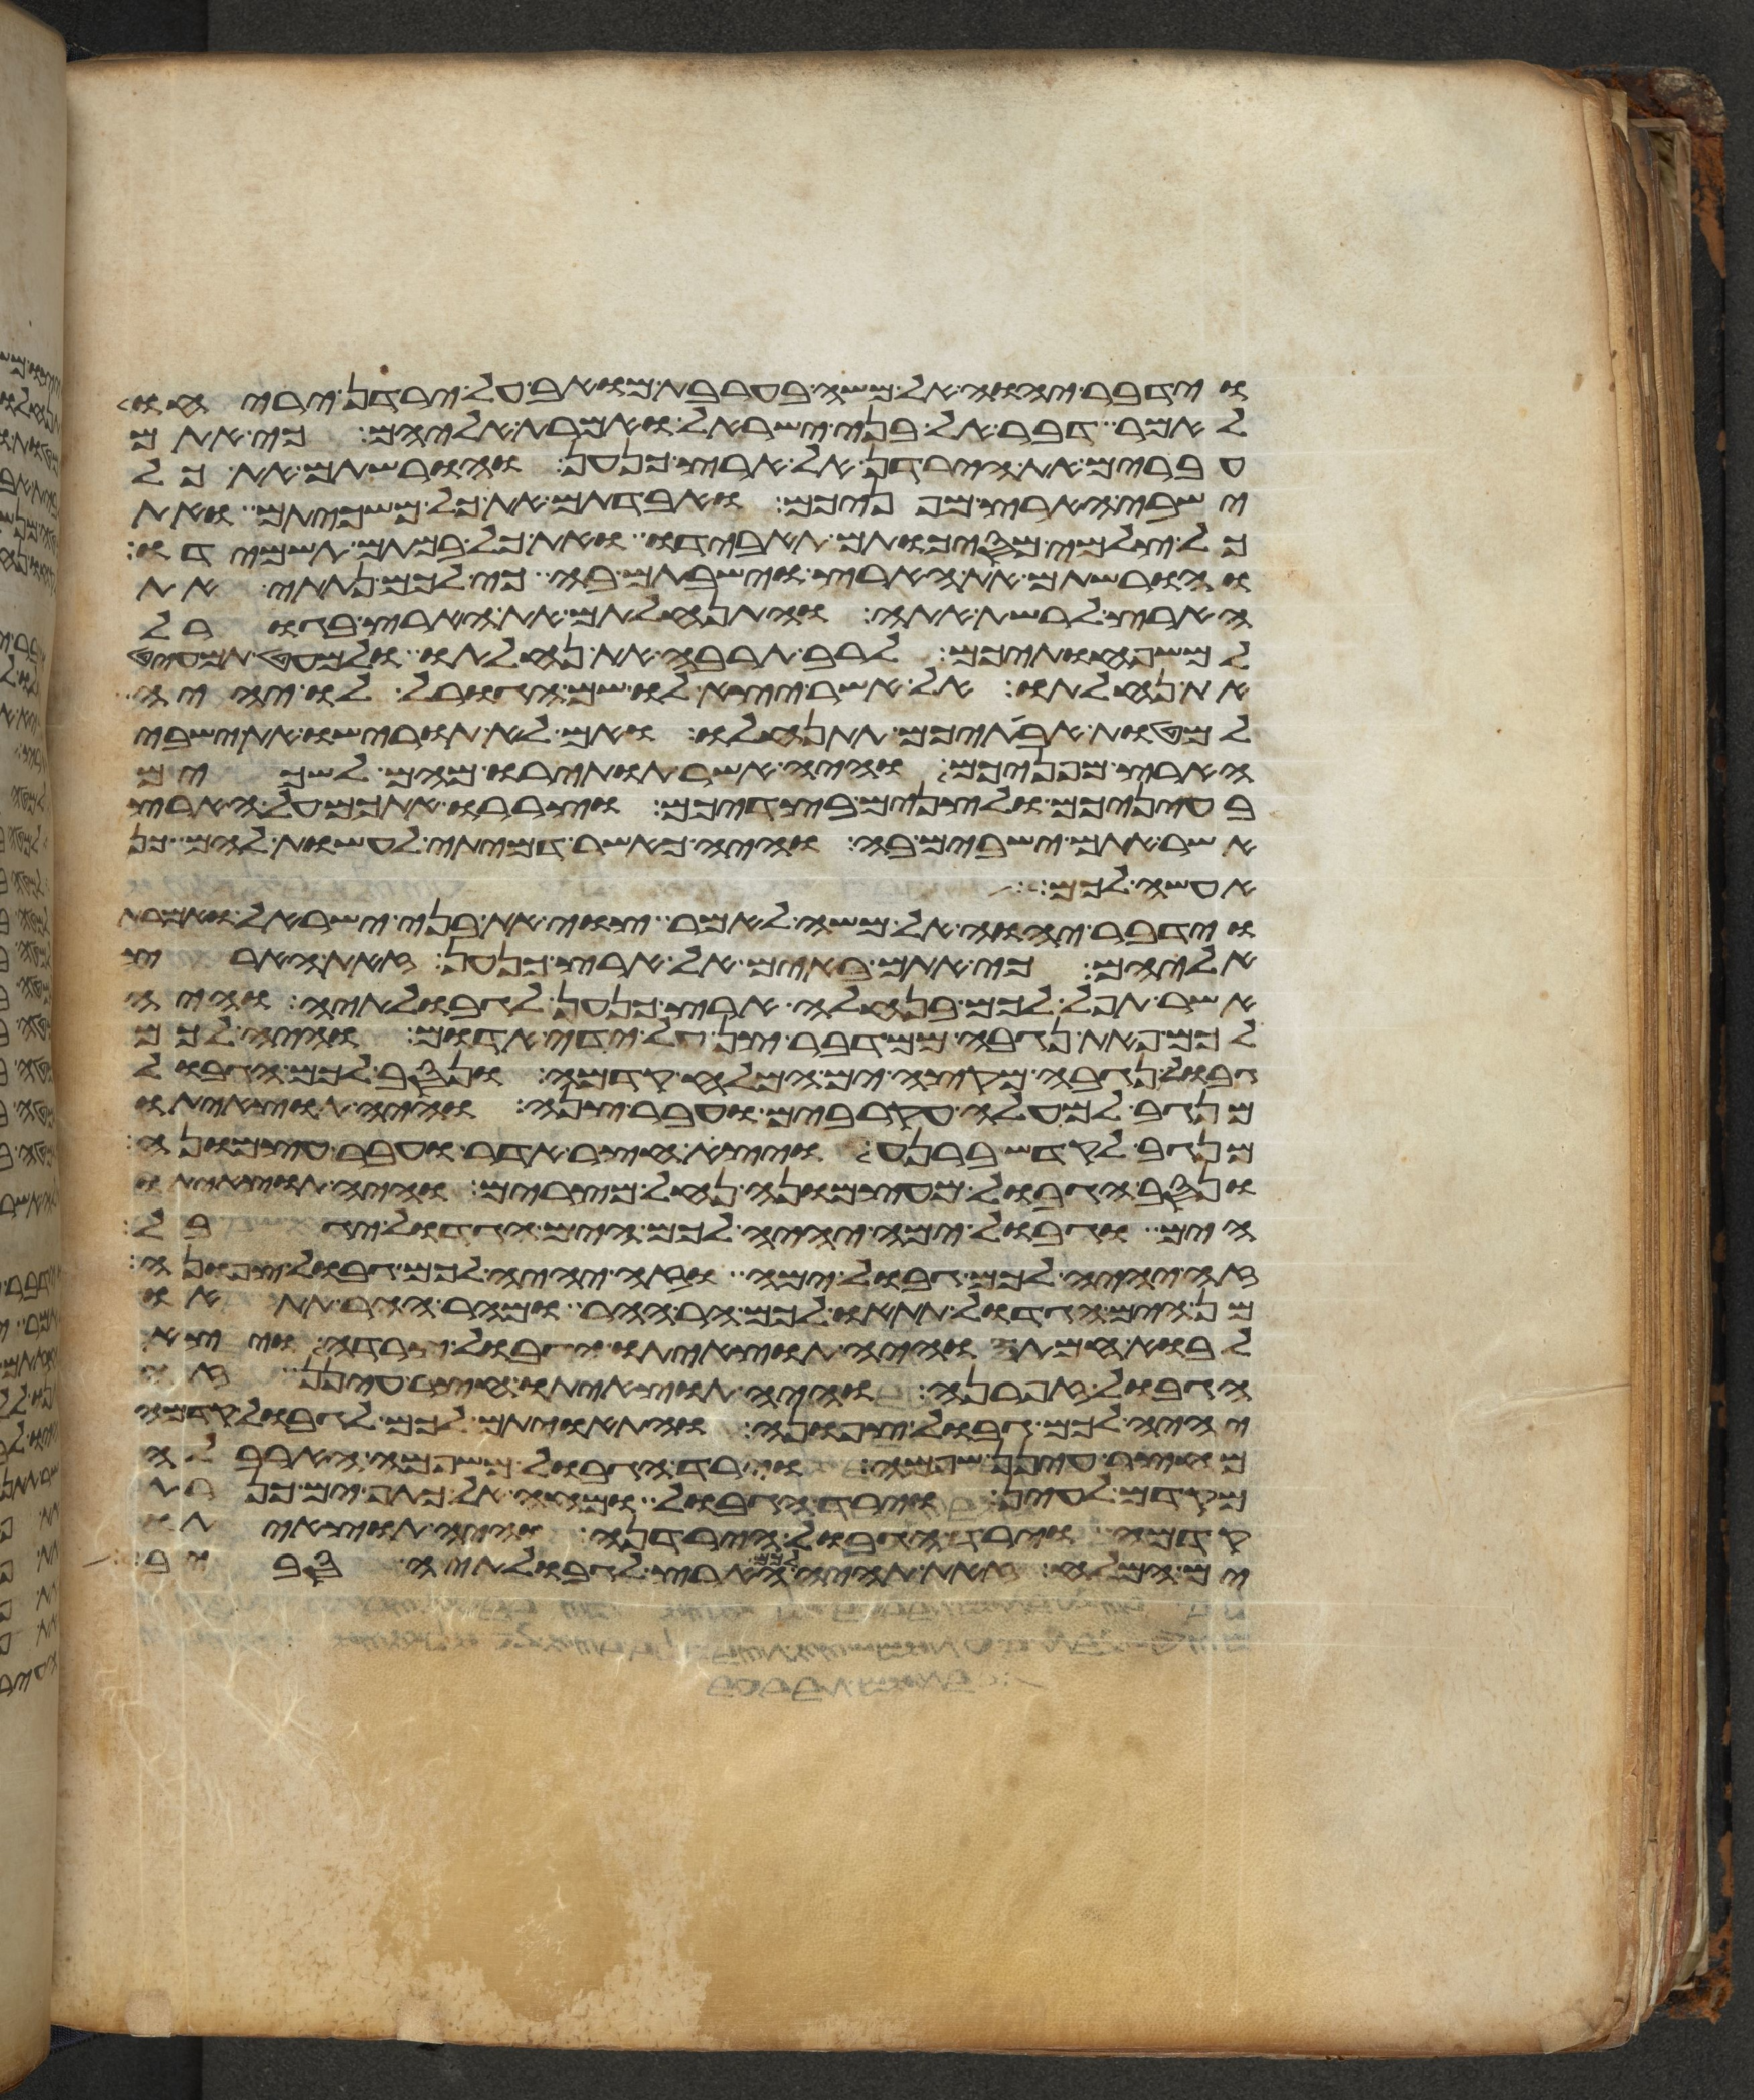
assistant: וידבר יהוה אל משה בערבת מואב על ירדן יריחו
לאמר דבר אל בני ישראל ואמרת אליהם כי אתם
עברים את הירדן אל ארץ כנען והורשתם את כל
ישבי הארץ מפניכם ואבדתם את כל משכיותם ואת
כל צלמי מסכותם תאבידו ואת כל במתם תשמידו
והורשתם את הארץ וישבתם בה כי לכם נתתי את
הארץ לרשת אתה והתנחלתם את הארץ בגורל
למשפחותיכם לרב תרבה את נחלתו ולמעט תמעיט
את נחלתו על אשר יצא לו שם הגורל לו יהיה
למטות אבתיכם תתנחלו ואם לא תורישו את ישבי
הארץ מפניכם והיה אשר תותירו מהם לשכים
בעיניכם ולצנים בצדיכם וצררו אתכם על הארץ
אשר אתם ישבים בה והיה כאשר דמיתי לעשות להם כן
אעשה לכל
וידבר יהוה אל משה לאמר צוי את בני ישראל ואמרת
אליהם כי אתם באים אל ארץ כנען זאת הארץ
אשר תפל לכם בנחלה ארץ כנען לגבולתיה והיה
לכם פאת נגבה ממדבר צן על ידי אדום והיה לכם
גבול נגבה מקצה ים המלח קדמה ונסב לכם הגבול
מנגב למעלה עקרבים ועבר צנה והיה תוצאיתו
מנגב לקדש ברנע ויצא חצר אדר ועבר עצמונה
ונסב הגבול מעצמונה נחל מצרים והיה תוצאיתו
הים וגבול ימה יהיה לכם הים הגדול יגבל
זה יהיה לכם גבול ימה וזה יהיה לכם גבול צפונה
מן הים הגדול תתאו לכם הר ההר ומהר ההר תתאו
לבוא חמתה והיה תוצאיתו הגבול צרדה ויצא
הגבול זפרנה והיה תוצאיתו חצר עינן זה
יהיה לכם גבול צפונה והתאויתם לכם לגבול קדמה
מחצר עינן שפמה וירד הגבול משפמה הארבלה
מקדם לעין וירד הגבול ומחה אל כתף ים כנרת
קדמה וירד הגבול הירדנה והיה תוצאיתו
ים המלח זאת תהיה לכם הארץ לגבולתיה סביב